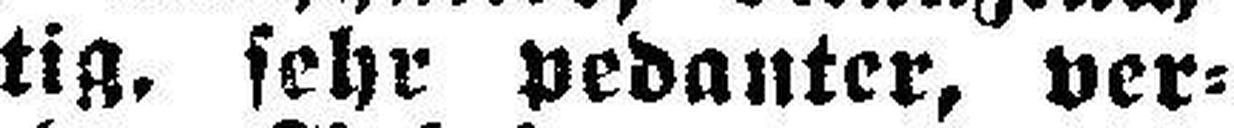
tig, sehr pedanter, ver¬